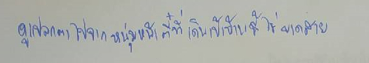
ดูแปลกตาไปจากหนุ่มหน้าตี๋ที่เดินเข้าบ้านนี้ไม่ขาดสาย